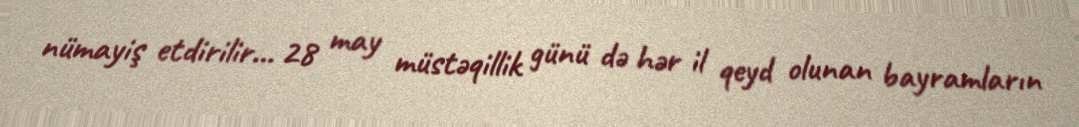
nümayiş etdirilir… 28 may müstəqillik günü də hər il qeyd olunan bayramların